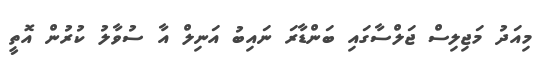
މިއަދު މަޖިލިސް ޖަލްސާގައި ބަންޑާރަ ނައިބު އަނިލް އާ ސުވާލު ކުރުން އޮތީ